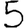
Digit: 5